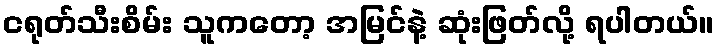
ငရုတ်သီးစိမ်း သူကတော့ အမြင်နဲ့ ဆုံးဖြတ်လို့ ရပါတယ်။